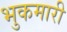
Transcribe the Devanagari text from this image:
भुकमारी